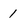
Character: 1